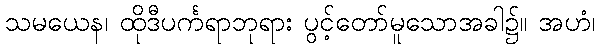
သမယေန၊ ထိုဒီပင်္ကရာဘုရား ပွင့်တော်မူသောအခါ၌။ အဟံ၊